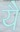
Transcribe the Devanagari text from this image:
येै